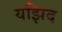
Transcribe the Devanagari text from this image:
यझिद